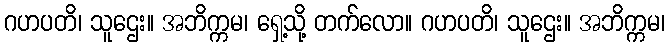
ဂဟပတိ၊ သူဌေး။ အဘိက္ကမ၊ ရှေ့သို့ တက်လော။ ဂဟပတိ၊ သူဌေး။ အဘိက္ကမ၊